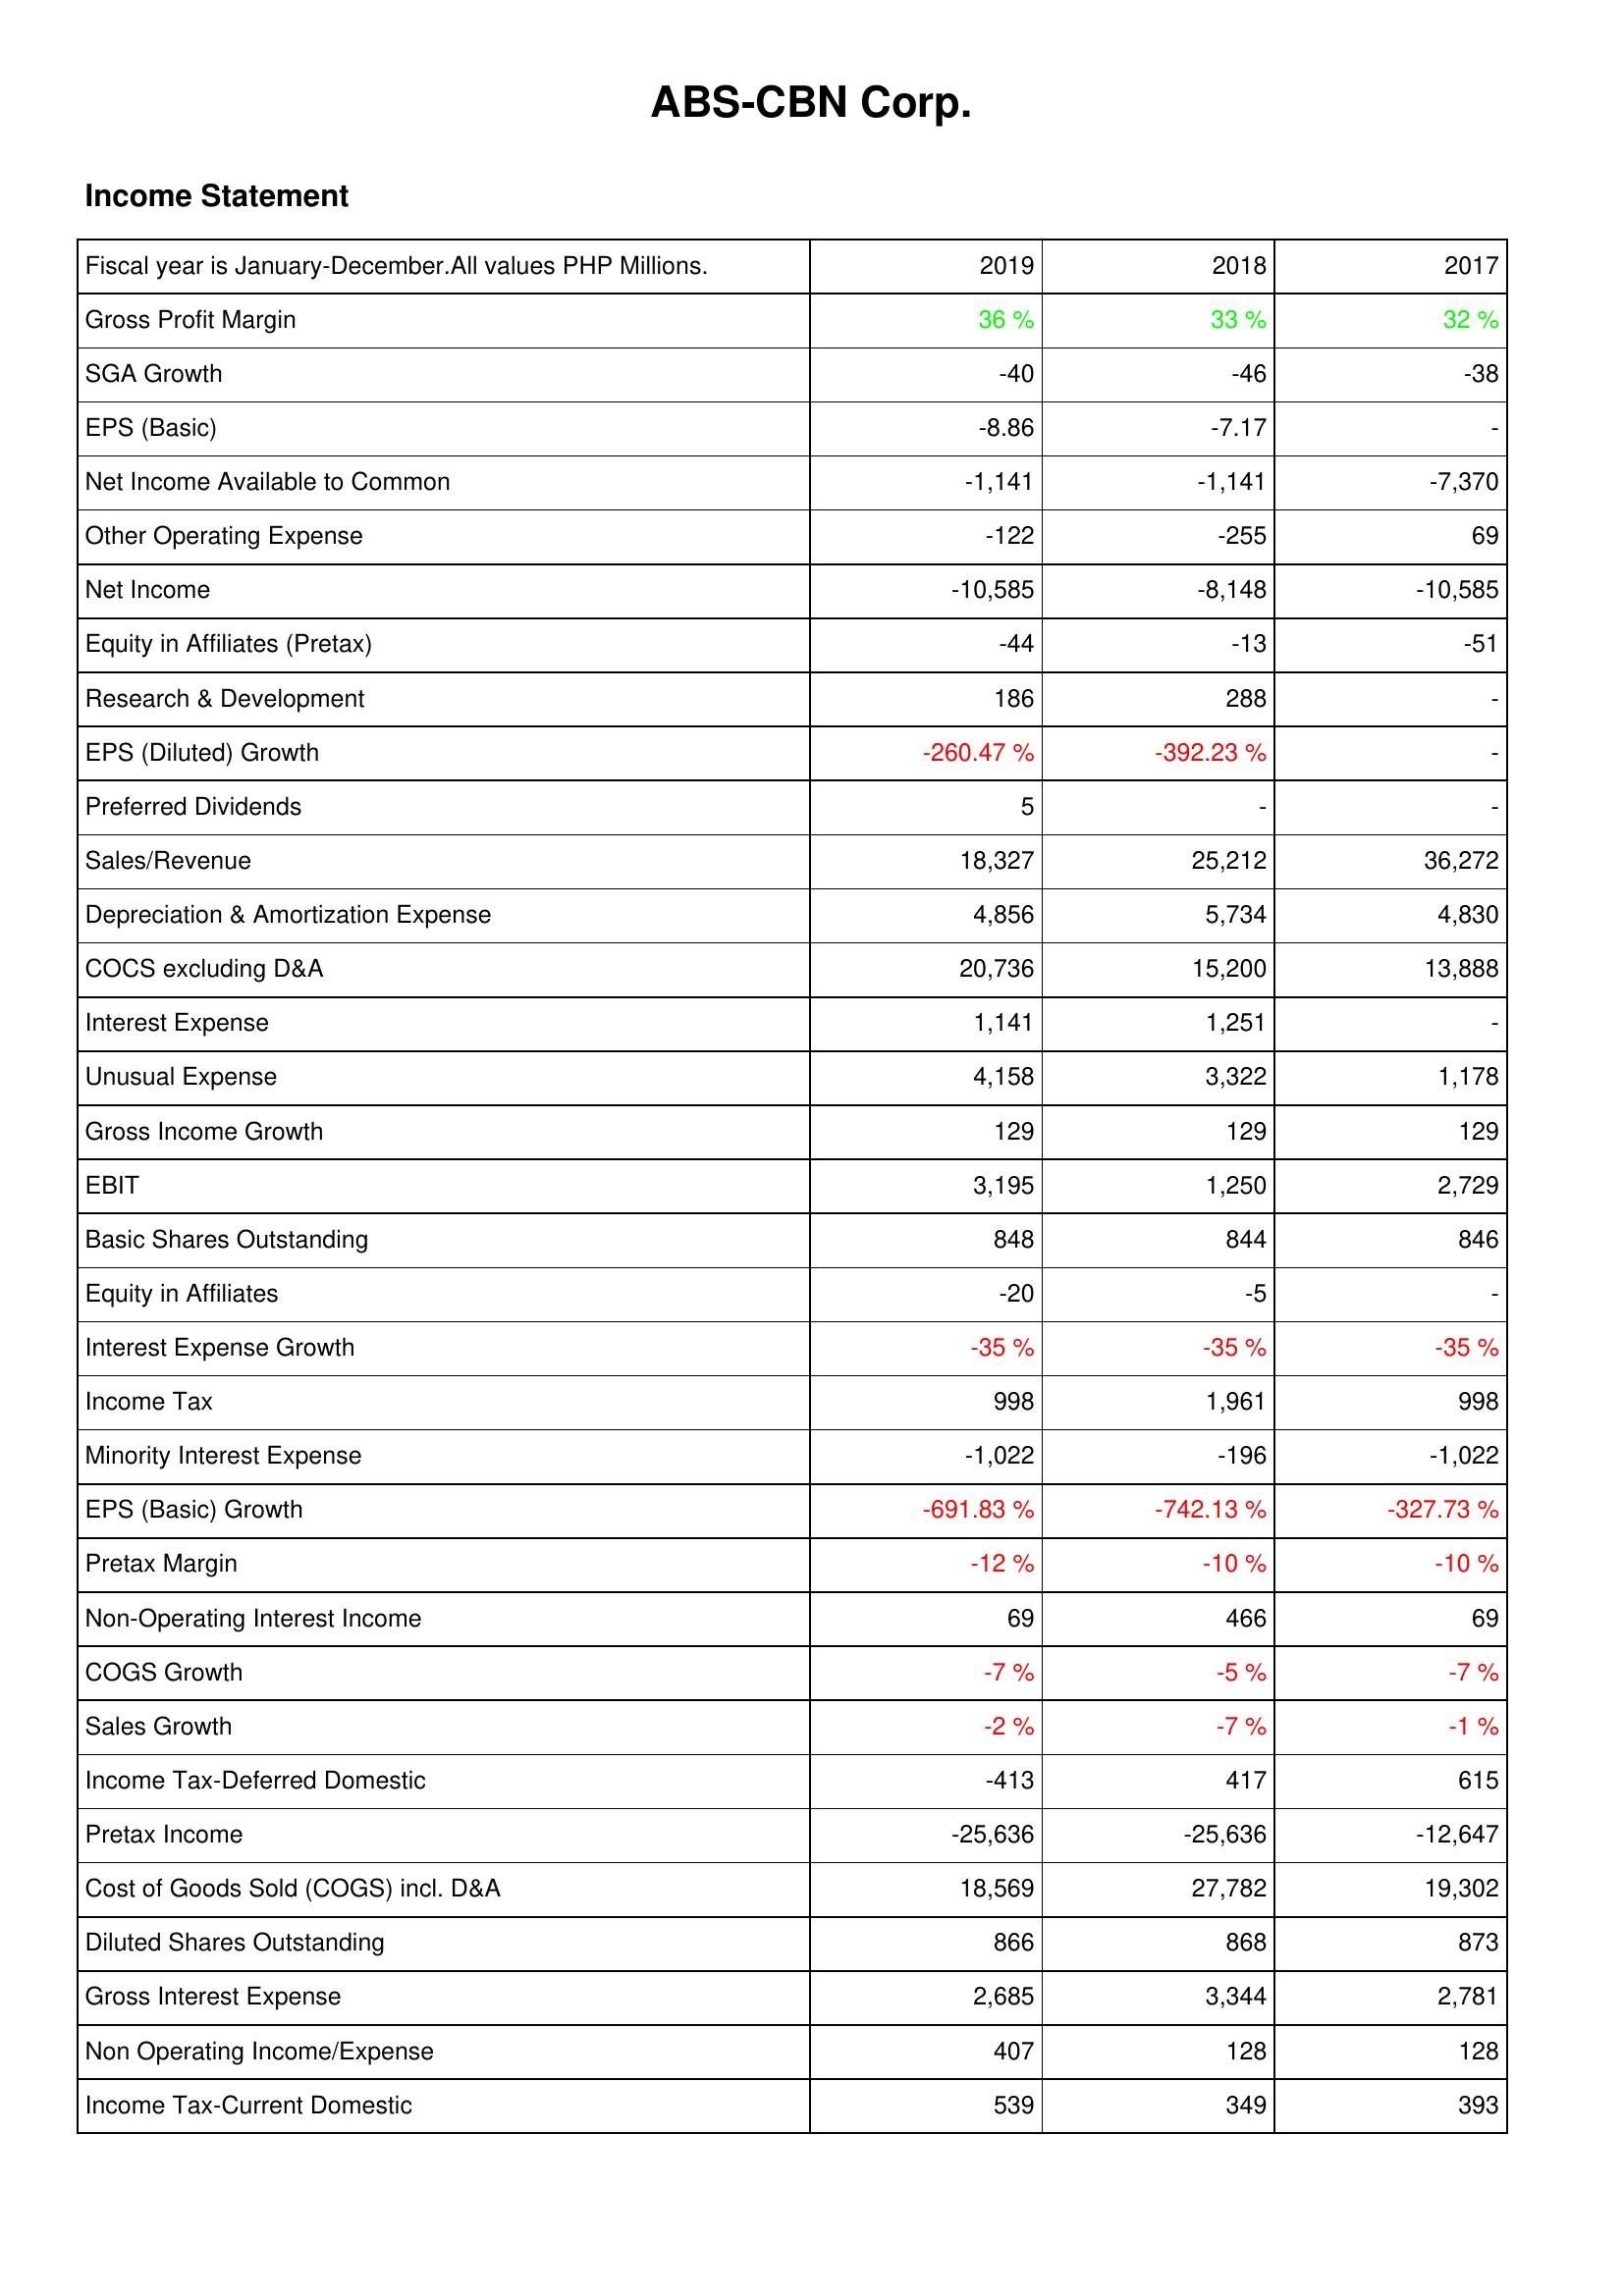
2019: Income Statement: Gross Profit Margin: 36 %
SGA Growth: -40
EPS (Basic): -8.86
Net Income Available to Common: -1,141
Other Operating Expense: -122
Net Income: -10,585
Equity in Affiliates (Pretax): -44
Research & Development: 186
EPS (Diluted) Growth: -260.47 %
Preferred Dividends: 5
Sales/Revenue: 18,327
Depreciation & Amortization Expense: 4,856
COCS excluding D&A: 20,736
Interest Expense: 1,141
Unusual Expense: 4,158
Gross Income Growth: 129
EBIT: 3,195
Basic Shares Outstanding: 848
Equity in Affiliates: -20
Interest Expense Growth: -35 %
Income Tax: 998
Minority Interest Expense: -1,022
EPS (Basic) Growth: -691.83 %
Pretax Margin: -12 %
Non-Operating Interest Income: 69
COGS Growth: -7 %
Sales Growth: -2 %
Income Tax-Deferred Domestic: -413
Pretax Income: -25,636
Cost of Goods Sold (COGS) incl. D&A: 18,569
Diluted Shares Outstanding: 866
Gross Interest Expense: 2,685
Non Operating Income/Expense: 407
Income Tax-Current Domestic: 539
2018: Income Statement: Gross Profit Margin: 33 %
SGA Growth: -46
EPS (Basic): -7.17
Net Income Available to Common: -1,141
Other Operating Expense: -255
Net Income: -8,148
Equity in Affiliates (Pretax): -13
Research & Development: 288
EPS (Diluted) Growth: -392.23 %
Preferred Dividends: -
Sales/Revenue: 25,212
Depreciation & Amortization Expense: 5,734
COCS excluding D&A: 15,200
Interest Expense: 1,251
Unusual Expense: 3,322
Gross Income Growth: 129
EBIT: 1,250
Basic Shares Outstanding: 844
Equity in Affiliates: -5
Interest Expense Growth: -35 %
Income Tax: 1,961
Minority Interest Expense: -196
EPS (Basic) Growth: -742.13 %
Pretax Margin: -10 %
Non-Operating Interest Income: 466
COGS Growth: -5 %
Sales Growth: -7 %
Income Tax-Deferred Domestic: 417
Pretax Income: -25,636
Cost of Goods Sold (COGS) incl. D&A: 27,782
Diluted Shares Outstanding: 868
Gross Interest Expense: 3,344
Non Operating Income/Expense: 128
Income Tax-Current Domestic: 349
2017: Income Statement: Gross Profit Margin: 32 %
SGA Growth: -38
EPS (Basic): -
Net Income Available to Common: -7,370
Other Operating Expense: 69
Net Income: -10,585
Equity in Affiliates (Pretax): -51
Research & Development: -
EPS (Diluted) Growth: -
Preferred Dividends: -
Sales/Revenue: 36,272
Depreciation & Amortization Expense: 4,830
COCS excluding D&A: 13,888
Interest Expense: -
Unusual Expense: 1,178
Gross Income Growth: 129
EBIT: 2,729
Basic Shares Outstanding: 846
Equity in Affiliates: -
Interest Expense Growth: -35 %
Income Tax: 998
Minority Interest Expense: -1,022
EPS (Basic) Growth: -327.73 %
Pretax Margin: -10 %
Non-Operating Interest Income: 69
COGS Growth: -7 %
Sales Growth: -1 %
Income Tax-Deferred Domestic: 615
Pretax Income: -12,647
Cost of Goods Sold (COGS) incl. D&A: 19,302
Diluted Shares Outstanding: 873
Gross Interest Expense: 2,781
Non Operating Income/Expense: 128
Income Tax-Current Domestic: 393